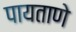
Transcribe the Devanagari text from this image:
पायताणे